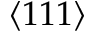
\left\langle 1 1 1 \right\rangle